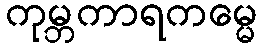
ကုမ္ဘကာရကမ္မေ